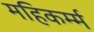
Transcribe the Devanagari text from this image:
महिकर्म्म